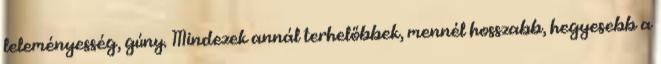
leleményesség, gúny. Mindezek annál terhelőbbek, mennél hosszabb, hegyesebb a